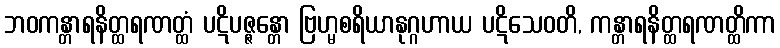
ဘဝကန္တာရနိတ္ထရဏတ္ထံ ပဋိပဇ္ဇန္တော ဗြဟ္မစရိယာနုဂ္ဂဟာယ ပဋိသေဝတိ, ကန္တာရနိတ္ထရဏတ္ထိကာ